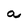
Character: a